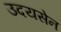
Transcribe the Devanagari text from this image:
उदयसेन